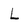
Character: L